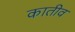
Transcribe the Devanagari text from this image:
कातीव